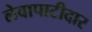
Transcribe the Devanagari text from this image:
लेवापाटीदार